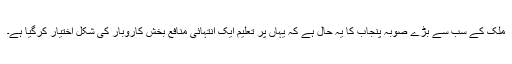
ملک کے سب سے بڑے صوبہ پنجاب کا یہ حال ہے کہ یہاں پر تعلیم ایک انتہائی منافع بخش کاروبار کی شکل اختیار کرگیا ہے۔